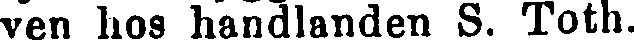
ven hos handlanden S. Toth.